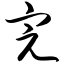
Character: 完